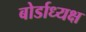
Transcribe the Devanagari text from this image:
बोर्डाध्यक्ष